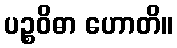
ပဉ္စဝိဓာ ဟောတိ။